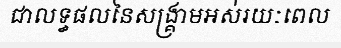
ជាលទ្ធផលនៃសង្គ្រាមអស់រយៈពេល